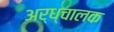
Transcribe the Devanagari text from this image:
अर्ध्चालक